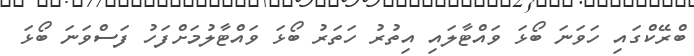
ބްރޭކްގައި ހަވަނަ ބޯޅަ ވައްޓާލައި އިތުރު ހަތަރު ބޯޅަ ވައްޓާލުމަށްފަހު ފަސްވަނަ ބޯޅަ